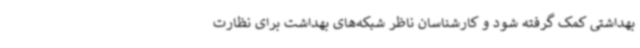
بهداشتی کمک گرفته شود و کارشناسان ناظر شبکه‌های بهداشت برای نظارت